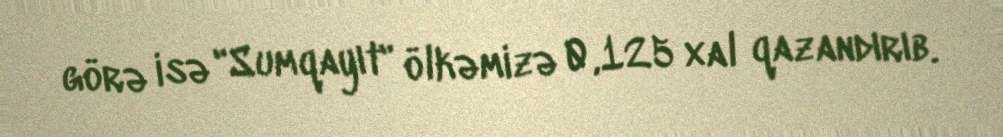
görə isə "Sumqayıt" ölkəmizə 0,125 xal qazandırıb.